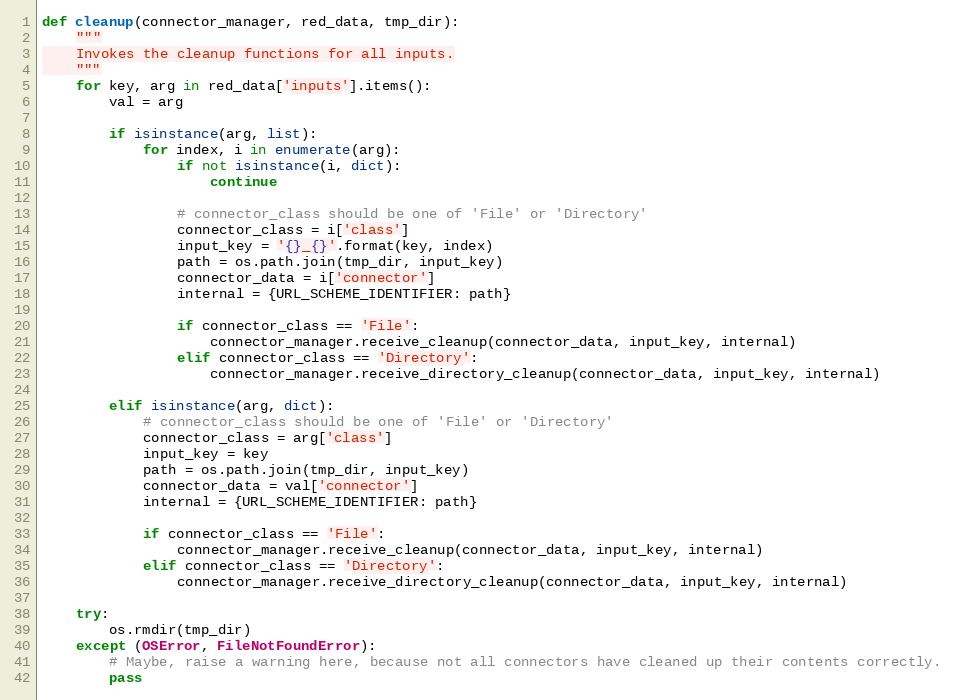
Language: Python
def cleanup(connector_manager, red_data, tmp_dir):
    """
    Invokes the cleanup functions for all inputs.
    """
    for key, arg in red_data['inputs'].items():
        val = arg

        if isinstance(arg, list):
            for index, i in enumerate(arg):
                if not isinstance(i, dict):
                    continue

                # connector_class should be one of 'File' or 'Directory'
                connector_class = i['class']
                input_key = '{}_{}'.format(key, index)
                path = os.path.join(tmp_dir, input_key)
                connector_data = i['connector']
                internal = {URL_SCHEME_IDENTIFIER: path}

                if connector_class == 'File':
                    connector_manager.receive_cleanup(connector_data, input_key, internal)
                elif connector_class == 'Directory':
                    connector_manager.receive_directory_cleanup(connector_data, input_key, internal)

        elif isinstance(arg, dict):
            # connector_class should be one of 'File' or 'Directory'
            connector_class = arg['class']
            input_key = key
            path = os.path.join(tmp_dir, input_key)
            connector_data = val['connector']
            internal = {URL_SCHEME_IDENTIFIER: path}

            if connector_class == 'File':
                connector_manager.receive_cleanup(connector_data, input_key, internal)
            elif connector_class == 'Directory':
                connector_manager.receive_directory_cleanup(connector_data, input_key, internal)

    try:
        os.rmdir(tmp_dir)
    except (OSError, FileNotFoundError):
        # Maybe, raise a warning here, because not all connectors have cleaned up their contents correctly.
        pass